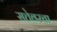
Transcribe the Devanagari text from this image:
सत्तेवरचा